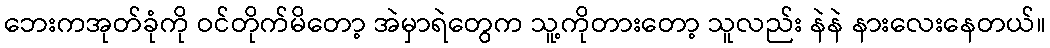
ဘေးကအုတ်ခုံကို ဝင်တိုက်မိတော့ အဲမှာရဲတွေက သူ့ကိုတားတော့ သူလည်း နဲနဲ နားလေးနေတယ်။